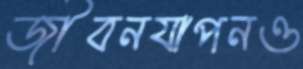
জীবনযাপনও